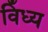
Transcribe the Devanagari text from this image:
विँध्य